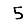
Digit: 5